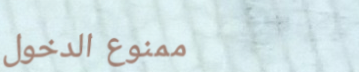
ممنوع الدخول